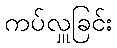
ကပ်လှူခြင်း